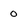
Character: 0